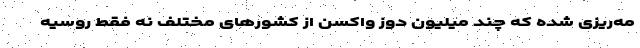
مه‌ریزی شده که چند میلیون دوز واکسن از کشورهای مختلف نه فقط روسیه